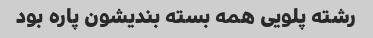
رشته پلویی همه بسته بندیشون پاره بود